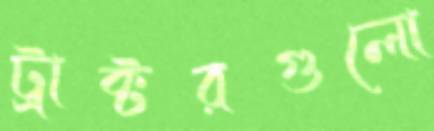
ট্রাক্টরগুলো